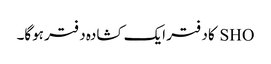
SHO کا دفتر ایک کشادہ دفتر ہوگا۔